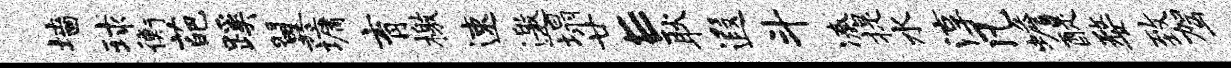
墙球衡葩蹊翼墉育檄速邀塌廿E耿遐斗凑提水淳凡蟾醍婺致驾